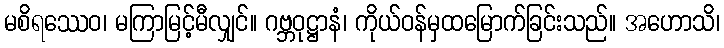
မစိရဿေဝ၊ မကြာမြင့်မီလျှင်။ ဂဗ္ဘဝုဋ္ဌာနံ၊ ကိုယ်ဝန်မှထမြောက်ခြင်းသည်။ အဟောသိ၊